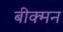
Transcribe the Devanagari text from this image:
बीक्मन